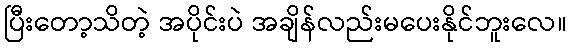
ပြီးတော့သိတဲ့ အပိုင်းပဲ အချိန်လည်းမပေးနိုင်ဘူးလေ။